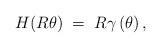
LaTeX: \begin{align*} H(R \theta) \; =\; R\gamma\left(\theta \right),\end{align*}